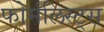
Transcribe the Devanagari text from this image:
फोर्मलिस्ट्स